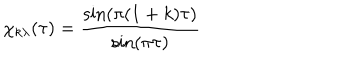
\chi _ { k \lambda } ( \tau ) = \frac { \sin ( \pi ( 1 + k ) \tau ) } { \sin ( \pi \tau ) }